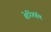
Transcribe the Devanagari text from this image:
शेरिंगहॅम